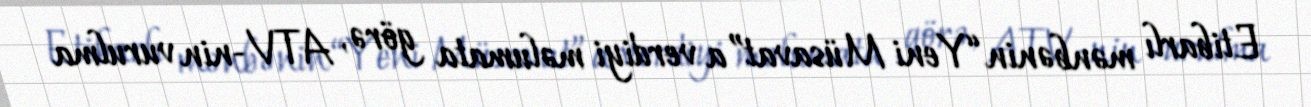
Etibarlı mənbənin “Yeni Müsavat”a verdiyi məlumata görə, ATV-nin vurulma